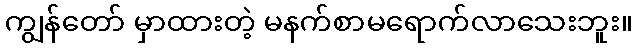
ကျွန်တော် မှာထားတဲ့ မနက်စာမရောက်လာသေးဘူး။